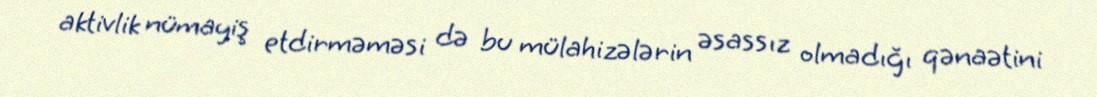
aktivlik nümayiş etdirməməsi də bu mülahizələrin əsassız olmadığı qənaətini